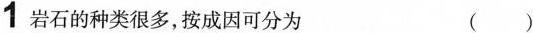
1 岩石的种类很多，按成因可分为 ( )